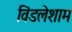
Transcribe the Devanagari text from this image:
विंडलेशाम